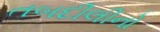
તબદીલીનો